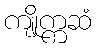
ကျိုက္ကဆံ